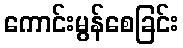
ကောင်းမွန်စေခြင်း